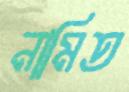
নামিত